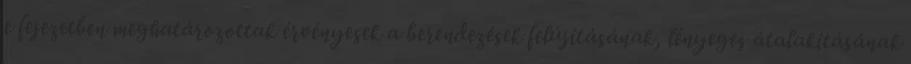
e fejezetben meghatározottak érvényesek a berendezések felújításának, lényeges átalakításának